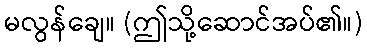
မလွန်ချေ။ (ဤသို့ဆောင်အပ်၏။)